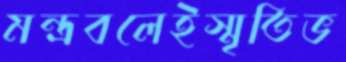
মন্ত্রবলেইস্মৃতিভ